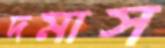
দমাস